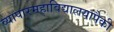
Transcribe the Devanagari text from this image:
व्यापारमहाविद्यालयांपैकी